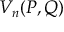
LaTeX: V _ { n } ( P , Q )